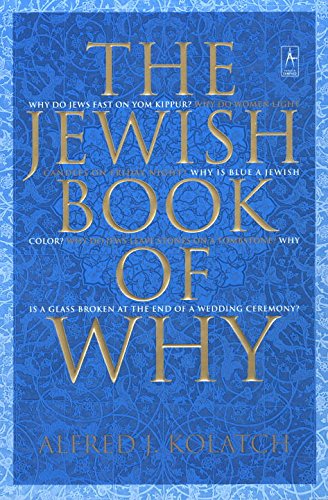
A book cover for The Jewish Book of Why; Alfred J. Kolatch; Religion & Spirituality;